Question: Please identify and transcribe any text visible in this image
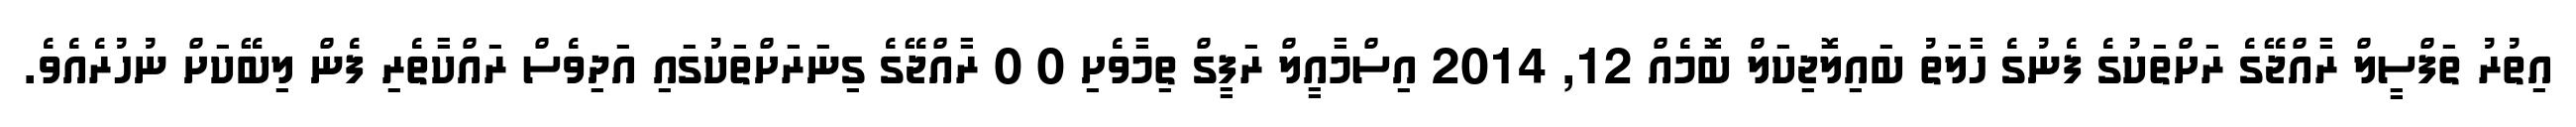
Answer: އިތުރު ތަފްސީލް ރާއްޖޭގެ ރަށްތަކުގެ ފެނުގެ ހާލަތު ބައިލޮޖިކަލް ބޮމެއް 12, 2014 އިސްމާއީލް ރަފީގް ތިމާވެށި 0 0 ރާއްޖޭގެ ގިނަރަށްތަކުގައި އަދިވެސް ރައްކާތެރި ފެން ލިބޭކަށް ނުހުރެއެވެ.